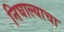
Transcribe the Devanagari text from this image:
निघाल्याचा